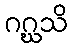
ဂဂ္ဃသိ